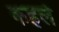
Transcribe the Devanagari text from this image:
कहले